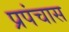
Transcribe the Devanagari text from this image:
प्रपंचास